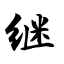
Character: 继